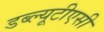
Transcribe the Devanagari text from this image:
डब्ल्यूटीएसी